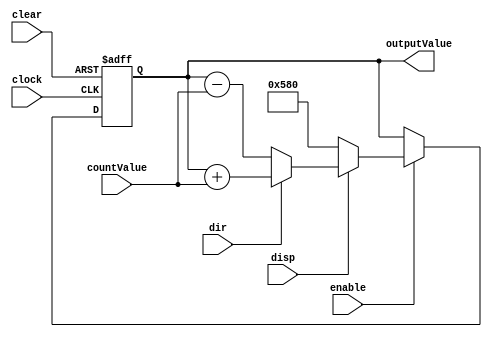
module counter16bit(clock, enable, clear, disp, dir, countValue, outputValue);
	input clock, enable, clear, disp, dir;
	input [3:0] countValue;
	output [15:0] outputValue;
	
	reg [15:0] counter_state, next_counter_state;
	
// STATE MACHINE: REGISTER BLOCK
// This always block represents sequential logic, so it uses non-blocking assignments.
// It is sensitized to the clock input and the clear input.
// You should picture this always block as a 16-bit register with an active-low asynchronous clear.
// You can modify this block if you REALLY think you need to, but you shouldn't need to.

	always @(posedge clock or negedge clear) begin
	
	// If a negative edge occured on clear, then clear must equal 0.
	// Since the effect of the clear occurs in the absence of a clock pulse, the reset is ASYNCHRONOUS.
	// Release clear to permit synchronous behavior of the counter.
		if (clear == 0)
			counter_state <= 16'b0;

	// If clear is not 0 but this always block is executing anyway, there must have been a positive clock edge.
	// On each positive clock edge, the next state becomes the present state.
		else
			counter_state <= next_counter_state;
	end

// STATE MACHINE: REGISTER INPUT LOGIC
// This always block represents combinational logic, so it uses blocking assignments.
// It is (currently) sensitized to changes in the enable input and the present state.
// You should picture this block as a combinational circuit that feeds the register inputs.
// It determines the next state based on the current state and the mode inputs.

// MODIFY THIS ALWAYS BLOCK TO IMPLEMENT YOUR VERSION OF THE COUNTER.
// UPDATE THE COMMENTS ACCORDINGLY. DELETE THESE COMMENTS IN CAPS.

	always @(enable or counter_state) begin

	// To be safe, assign a default value to next_counter_state.
	// That way, if none of the paths in your case statement apply, the variable will have a known value.
	// This should be overridden by assignments below.
		next_counter_state = counter_state;
		
	// Keep the same counter value if the enable signal is not active.
		if (!enable) 
			next_counter_state = counter_state;
	
	// Otherwise, update the counter based on the counter state, the display mode, the count direction,
	// and the count value.

		else begin
			if (dir)
				next_counter_state = counter_state + countValue;
			else
				next_counter_state = counter_state - countValue;
			if (!disp)
				next_counter_state = 16'h0580;
		end
	end

// OUTPUT MACHINE
// Since the output is always the same as the counter state, assign the current state to the output.
// In a more complex sequential circuit, the output machine would consist of an always block.
// Since the always block for the output machine represents combinational logic, it would use blocking assignments.
	
	assign outputValue = counter_state;

endmodule